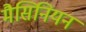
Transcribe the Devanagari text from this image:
मैसिनियन